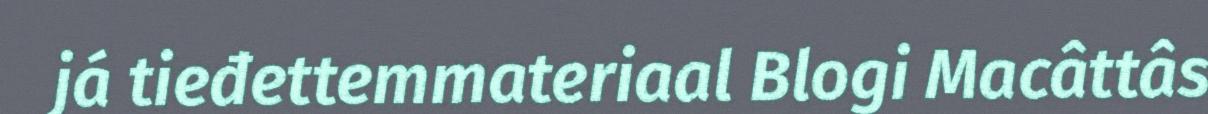
já tieđettemmateriaal Blogi Macâttâs